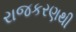
રાજકરણથી